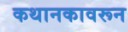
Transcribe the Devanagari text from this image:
कथानकावरून